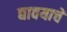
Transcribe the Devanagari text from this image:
द्यावयाचें